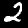
Label: 2